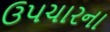
ઉપચારના